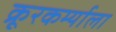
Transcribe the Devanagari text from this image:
क्रूरकर्म्याला